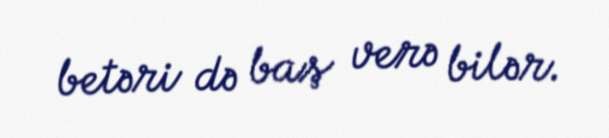
betəri də baş verə bilər.